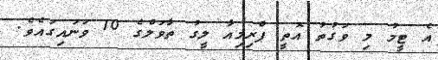
އެ ޓީމު މި ވަގުތު އޮތީ ޕްރިމިއާ ލީގު ތާވަލްގެ 10 ވަނައިގައެވެ.